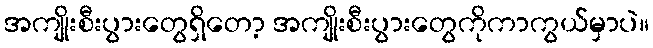
အကျိုးစီးပွားတွေရှိတော့ အကျိုးစီးပွားတွေကိုကာကွယ်မှာပဲ။